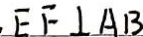
E F \bot A B